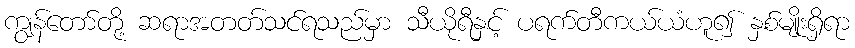
ကျွန်တော်တို့ ဆရာအတတ်သင်ရသည်မှာ သီယိုရီနှင့် ပရက်တီကယ်ယံဟူ၍ နှစ်မျိုးရှိရာ